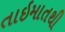
તાઇમાતથી